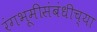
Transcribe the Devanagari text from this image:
रंगभूमीसंबंधीच्या